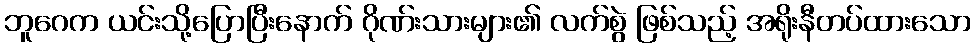
ဘူဂေက ယင်းသို့ပြောပြီးနောက် ဂိုဏ်းသားများ၏ လက်စွဲ ဖြစ်သည့် အရိုးနီတပ်ထားသော